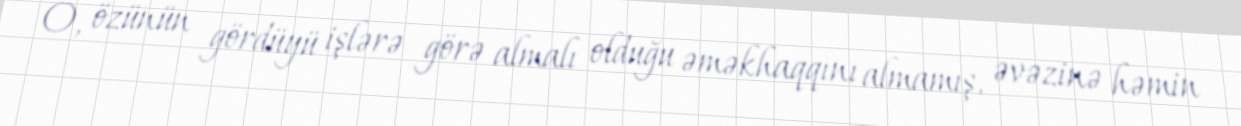
O, özünün gördüyü işlərə görə almalı olduğu əməkhaqqını almamış, əvəzinə həmin